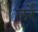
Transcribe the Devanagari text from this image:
लर्रे